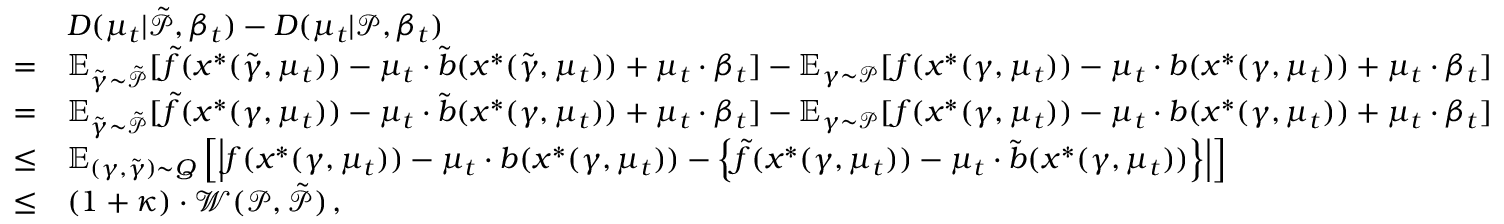
\begin{array} { r l } & { D ( \mu _ { t } | \tilde { \mathcal { P } } , \beta _ { t } ) - D ( \mu _ { t } | \mathcal { P } , \beta _ { t } ) } \\ { = } & { \mathbb { E } _ { \tilde { \gamma } \sim \tilde { \mathcal { P } } } [ \tilde { f } ( x ^ { * } ( \tilde { \gamma } , \mu _ { t } ) ) - \mu _ { t } \cdot \tilde { b } ( x ^ { * } ( \tilde { \gamma } , \mu _ { t } ) ) + \mu _ { t } \cdot \beta _ { t } ] - \mathbb { E } _ { \gamma \sim \mathcal { P } } [ f ( x ^ { * } ( \gamma , \mu _ { t } ) ) - \mu _ { t } \cdot b ( x ^ { * } ( \gamma , \mu _ { t } ) ) + \mu _ { t } \cdot \beta _ { t } ] } \\ { = } & { \mathbb { E } _ { \tilde { \gamma } \sim \tilde { \mathcal { P } } } [ \tilde { f } ( x ^ { * } ( \gamma , \mu _ { t } ) ) - \mu _ { t } \cdot \tilde { b } ( x ^ { * } ( \gamma , \mu _ { t } ) ) + \mu _ { t } \cdot \beta _ { t } ] - \mathbb { E } _ { \gamma \sim \mathcal { P } } [ f ( x ^ { * } ( \gamma , \mu _ { t } ) ) - \mu _ { t } \cdot b ( x ^ { * } ( \gamma , \mu _ { t } ) ) + \mu _ { t } \cdot \beta _ { t } ] } \\ { \leq } & { \mathbb { E } _ { ( \gamma , \tilde { \gamma } ) \sim Q } \left[ \left| f ( x ^ { * } ( \gamma , \mu _ { t } ) ) - \mu _ { t } \cdot b ( x ^ { * } ( \gamma , \mu _ { t } ) ) - \left\{ \tilde { f } ( x ^ { * } ( \gamma , \mu _ { t } ) ) - \mu _ { t } \cdot \tilde { b } ( x ^ { * } ( \gamma , \mu _ { t } ) ) \right\} \right| \right] } \\ { \leq } & { ( 1 + \kappa ) \cdot \mathcal { W } ( \mathcal { P } , \tilde { \mathcal { P } } ) \, , } \end{array}